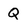
Character: Q